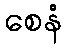
စေနံ